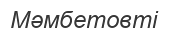
Мәмбетовті